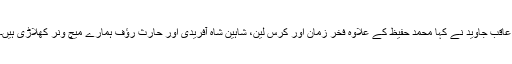
عاقب جاوید نے کہا محمد حفیظ کے علاوہ فخر زمان اور کرس لین، شاہین شاہ آفریدی اور حارث رؤف ہمارے میچ ونر کھلاڑی ہیں۔